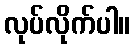
လုပ်လိုက်ပါ။